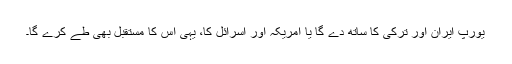
یورپ ایران اور ترکی کا ساتھ دے گا یا امریکہ اور اسرائل کا، یہی اس کا مستقبل بھی طے کرے گا۔